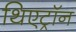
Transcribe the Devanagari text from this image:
थिएट्रॉन